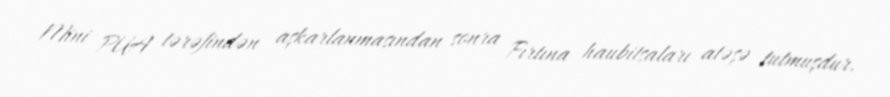
Mini PUA tərəfindən aşkarlanmasından sonra Fırtına haubitsaları atəşə tutmuşdur.